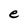
Character: e